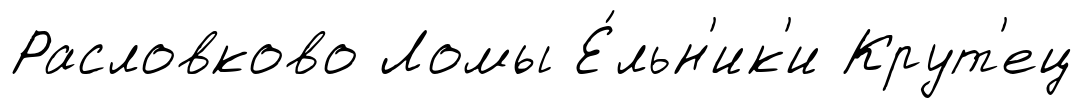
Расловково Ломы Е́льн'ик'и Крут'ец